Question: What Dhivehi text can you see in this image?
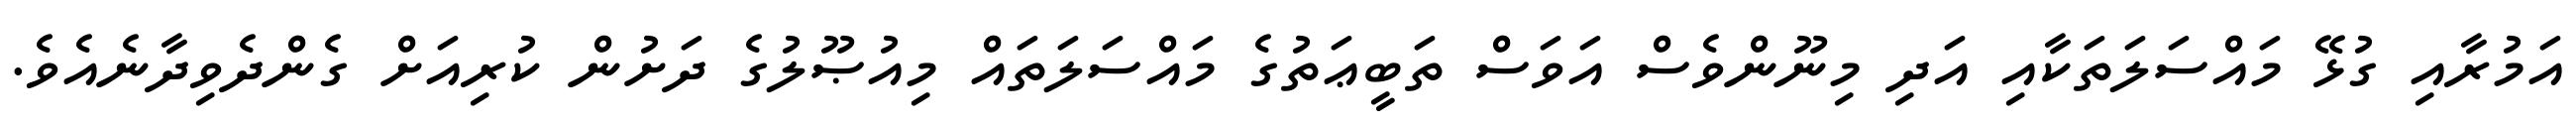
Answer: އަމުރާއި ގުޅޭ މައްސަލަތަކާއި އަދި މިނޫންވެސް އަވަސް ތަބީޢަތުގެ މައްސަލަތައް މިއުޞޫލުގެ ދަށުން ކުރިއަށް ގެންދެވިދާނެއެވެ.